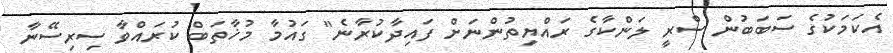
އެކަމަކުގެ ސަބަބުން ސްރީ ލަންކާގެ ރައްޔިތުންނަށް ފައިދާކުރާނެ" ގައުމާ މުޚާތަބް ކުރައްވާ ސިރިސޭނާ